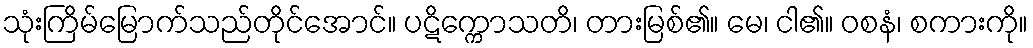
သုံးကြိမ်မြောက်သည်တိုင်အောင်။ ပဋိက္ကောသတိ၊ တားမြစ်၏။ မေ၊ ငါ၏။ ဝစနံ၊ စကားကို။